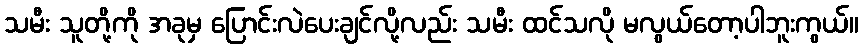
သမီး သူတို့ကို အခုမှ ပြောင်းလဲပေးချင်လို့လည်း သမီး ထင်သလို မလွယ်တော့ပါဘူးကွယ်။